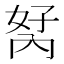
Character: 𭁮